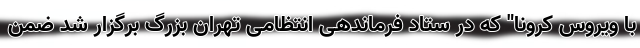
با ویروس کرونا" که در ستاد فرماندهی انتظامی تهران بزرگ برگزار شد ضمن